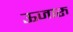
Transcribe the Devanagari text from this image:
ऊजारु